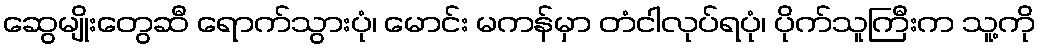
ဆွေမျိုးတွေဆီ ရောက်သွားပုံ၊ မောင်း မကန်မှာ တံငါလုပ်ရပုံ၊ ပိုက်သူကြီးက သူ့ကို